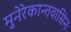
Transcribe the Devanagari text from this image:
मुनेरेकान्तवासिनः